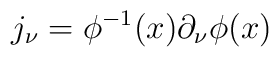
j_\nu= \phi^{-1}(x)\partial_\nu  \phi(x)